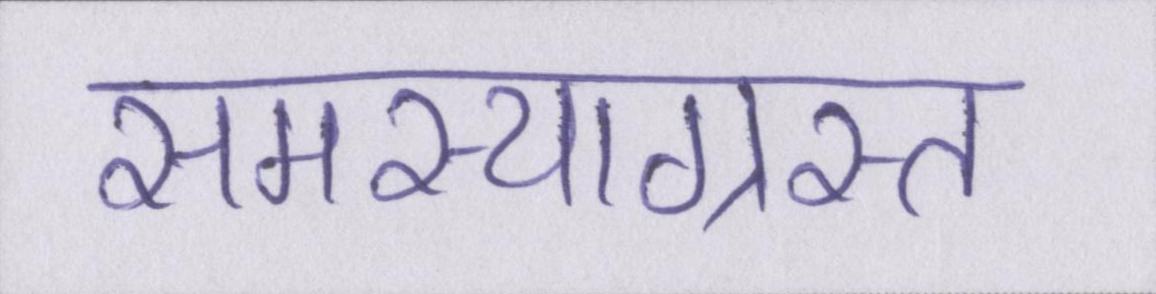
समस्याग्रस्त